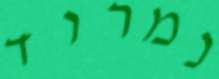
נמרוד